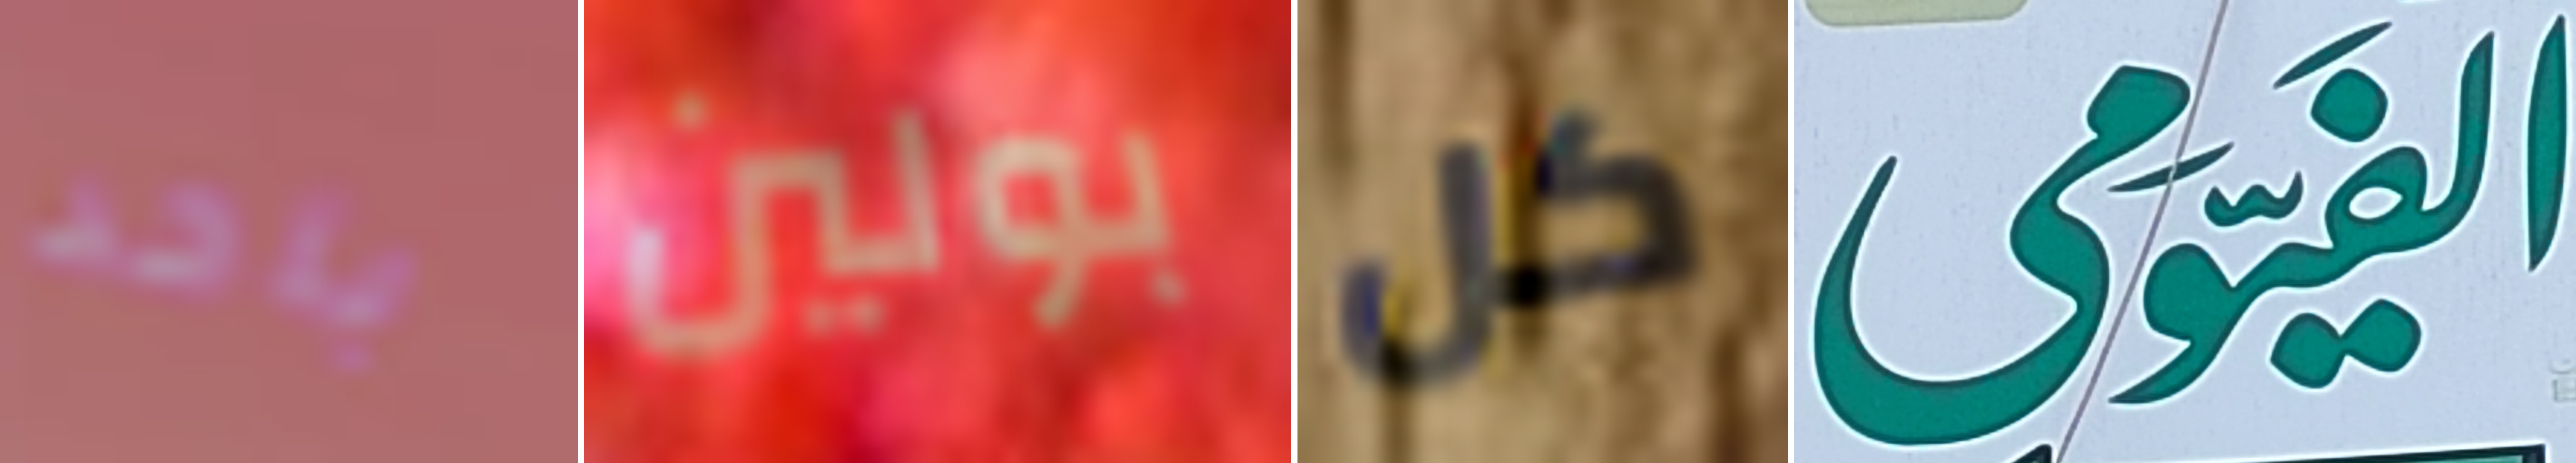
باحد بولين كل الفيومى